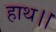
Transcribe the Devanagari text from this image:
हाथ।।